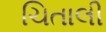
ચિતાલી